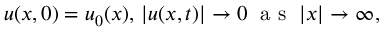
u ( x , 0 ) = u _ { 0 } ( x ) , \, | u ( x , t ) | \to 0 \; \mathrm { ~ a ~ s ~ } \; | x | \to \infty ,